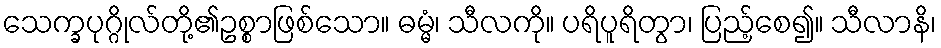
သေက္ခပုဂ္ဂိုလ်တို့၏ဥစ္စာဖြစ်သော။ ဓမ္မံ၊ သီလကို။ ပရိပူရိတွာ၊ ပြည့်စေ၍။ သီလာနိ၊